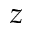
z